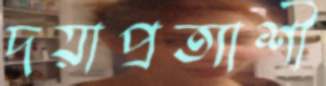
দয়াপ্রত্যাশী